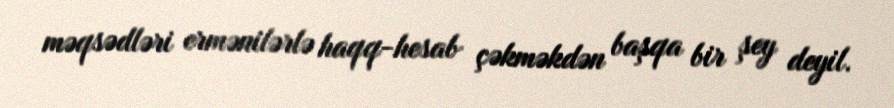
məqsədləri ermənilərlə haqq-hesab çəkməkdən başqa bir şey deyil.